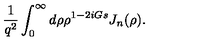
{ \frac { 1 } { q ^ { 2 } } } \int _ { 0 } ^ { \infty } d \rho \rho ^ { 1 - 2 i G s } J _ { n } ( \rho ) .